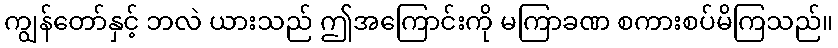
ကျွန်တော်နှင့် ဘလဲ ယားသည် ဤအကြောင်းကို မကြာခဏ စကားစပ်မိကြသည်။